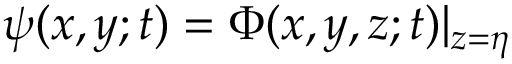
\psi ( x , y ; t ) = \Phi ( x , y , z ; t ) | _ { z = \eta }